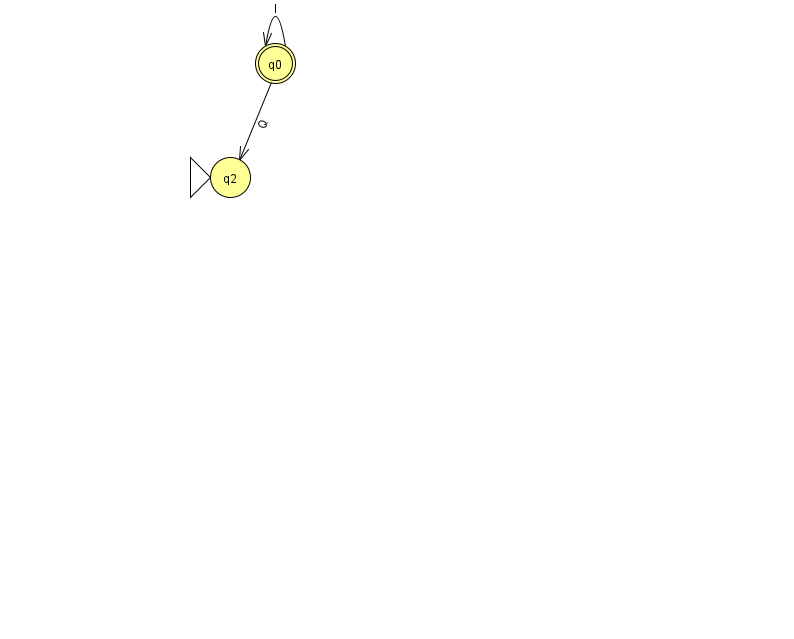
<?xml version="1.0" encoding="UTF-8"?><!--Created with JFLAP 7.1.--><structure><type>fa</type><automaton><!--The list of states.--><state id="0" name="q0"><x>275.0</x><y>50.0</y><final/></state><state id="2" name="q2"><x>230.0</x><y>164.0</y><initial/></state><!--The list of transitions.--><transition><from>0</from><to>2</to><read>Q</read></transition><transition><from>0</from><to>0</to><read>I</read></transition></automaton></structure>